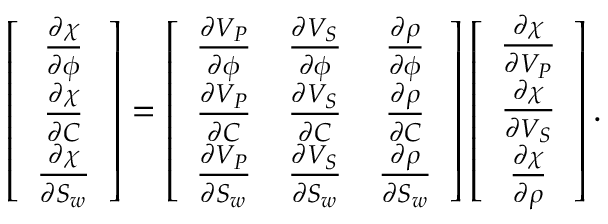
\left[ \begin{array} { c } { \frac { \partial \chi } { \partial \phi } } \\ { \frac { \partial \chi } { \partial C } } \\ { \frac { \partial \chi } { \partial S _ { w } } } \end{array} \right] = \left[ \begin{array} { c c c } { \frac { \partial V _ { P } } { \partial \phi } } & { \frac { \partial V _ { S } } { \partial \phi } } & { \frac { \partial \rho } { \partial \phi } } \\ { \frac { \partial V _ { P } } { \partial C } } & { \frac { \partial V _ { S } } { \partial C } } & { \frac { \partial \rho } { \partial C } } \\ { \frac { \partial V _ { P } } { \partial S _ { w } } } & { \frac { \partial V _ { S } } { \partial S _ { w } } } & { \frac { \partial \rho } { \partial S _ { w } } } \end{array} \right] \left[ \begin{array} { c } { \frac { \partial \chi } { \partial V _ { P } } } \\ { \frac { \partial \chi } { \partial V _ { S } } } \\ { \frac { \partial \chi } { \partial \rho } } \end{array} \right] .